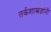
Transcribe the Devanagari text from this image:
तर्कशास्त्रज्ञांनी